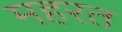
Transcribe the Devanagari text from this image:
महरत